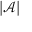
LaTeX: | { \mathcal { A } } |